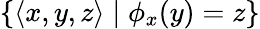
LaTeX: \lbrace\left\langle x,y,z\right\rangle\mid\phi_{x}(y)=z\rbrace